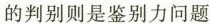
的判断则是鉴别力问题。